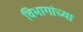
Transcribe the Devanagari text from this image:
विभागांच्‍या